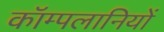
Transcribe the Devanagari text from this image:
कॉम्पलानियों